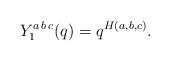
LaTeX: \begin{align*}Y_1^{a\,b\,c}(q)=q^{H(a,b,c)}.\end{align*}